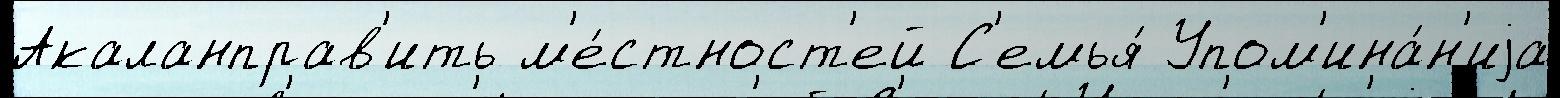
Акаланправ'ить м'е́стност'ей С'емья́ Упом'ина́н'иjа